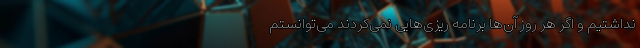
نداشتیم و اگر هر روز آن‌ها برنامه ریزی‌هایی نمی‌کردند می‌توانستم